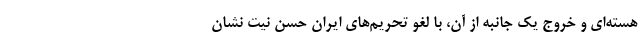
هسته‌ای و خروج یک جانبه از آن، با لغو تحریم‌های ایران حسن نیت نشان